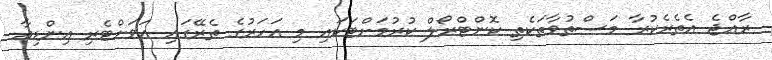
ރާއްޖެ އެތެރެކުރާ މަސްތުވާތަކެތި ކޮންޓްރޯލް ކުރުމަށްޓަކައި މި އަހަރުގެ ތެރޭގައި އަވަށްޓެރި އިންޑިއާ